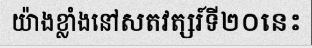
យ៉ាងខ្លាំងនៅសតវត្សរ៍ទី២០នេះ